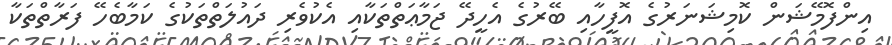
އިންފޮމޭޝަން ކޮމިޝަނަރުގެ އޮފީހާއި ބޭރުގެ އެހީދޭ ޖަމާޢަތްތަކާއި އެކުވެރި ދައުލަތްތަކުގެ ކަމާބެހޭ ފަރާތްތަކާ